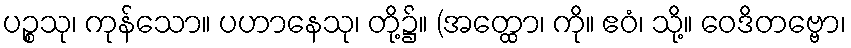
ပဉ္စသု၊ ကုန်သော။ ပဟာနေသု၊ တို့၌။ (အတ္ထော၊ ကို။ ဧဝံ၊ သို့။ ဝေဒိတဗ္ဗော၊